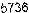
5736